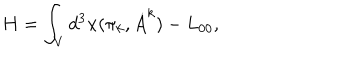
H = \int _ { V } d ^ { 3 } { \bf x } ( \pi _ { k } , \dot { A } ^ { k } ) - L _ { 0 0 } ,